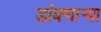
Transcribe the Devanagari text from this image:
डांबणार्‍या